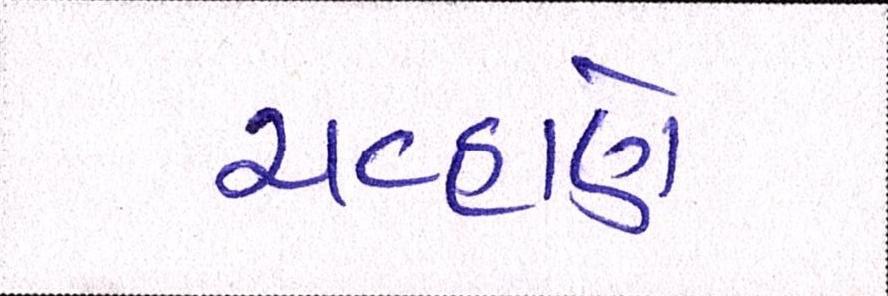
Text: ચવ્હાણે